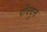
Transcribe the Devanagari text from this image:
पीवयुक्त